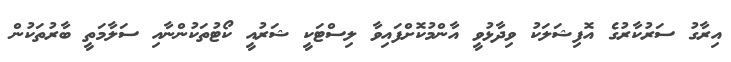
އިރާގު ސަރުކާރުގެ އޮފިޝަލަކު ވިދާޅުވީ އާންމުކޮށްފައިވާ ލިސްޓަކީ ޝަރުއީ ކޯޓުތަކުންނާއި ސަލާމަތީ ބާރުތަކުން